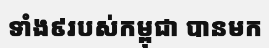
ទាំង៩របស់កម្ពុជា បានមក